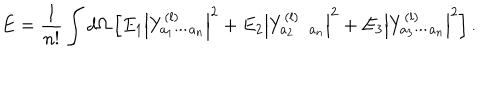
E = { \frac { 1 } { n ! } } \int d \Omega \left[ E _ { 1 } \left| Y _ { a _ { 1 } \cdots a _ { n } } ^ { ( l ) } \right| ^ { 2 } + E _ { 2 } \left| Y _ { a _ { 2 } \cdots a _ { n } } ^ { ( l ) } \right| ^ { 2 } + E _ { 3 } \left| Y _ { a _ { 3 } \cdots a _ { n } } ^ { ( l ) } \right| ^ { 2 } \right] .